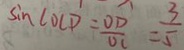
\sin \angle O C D = \frac { O D } { O C } = \frac { 3 } { 5 }